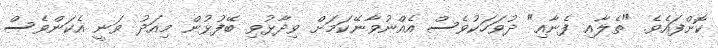
ކޮށްފައެވެ. "ތެލާއި ފެނާއި" ދުވަހަކުވެސް އެއްނުވާނޭކަމަށް ވިދާޅުވި ބޭފުޅުން މިއަދު ވަނީ އެކަންވެސް